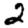
Digit: 2